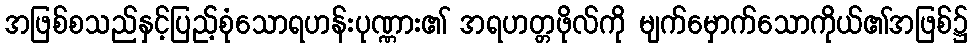
အဖြစ်စသည်နှင့်ပြည့်စုံသောရဟန်းပုဏ္ဏား၏ အရဟတ္တဖိုလ်ကို မျက်မှောက်သောကိုယ်၏အဖြစ်၌